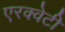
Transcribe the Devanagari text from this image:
एरक्वेटी